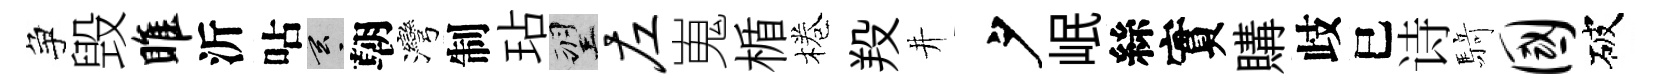
争毁雎沂呫玄朝灣制玷望左嵬楯棬羖井夕岷絲實購歧巳诗𮪍国破